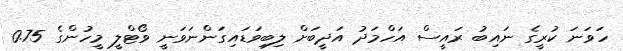
ހަވަނަ ކުރީގެ ނައިބު ރައީސް އަހްމަދު އަދީބަށް ލިބިވަޑައިގަންނަވަނީ ވޯޓްލީ މީހުންގެ 0.75